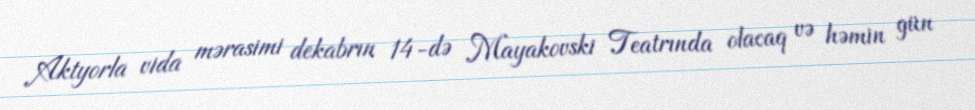
Aktyorla vida mərasimi dekabrın 14-də Mayakovski Teatrında olacaq və həmin gün